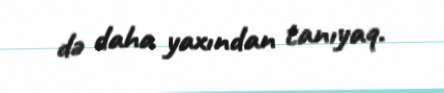
də daha yaxından tanıyaq.